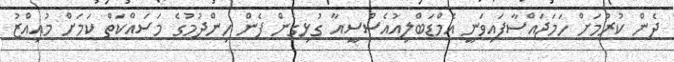
ދެން ކުރުމަށް ހަމަޖައްސާފައިވަނީ އެމްޑަބްލިއުއެސްސީއާ ގުޅިގެން ފެން ހިންދުމުގެ މަސައްކަތް ކަމަށް މުއިއްޒު